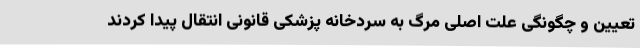
تعیین و چگونگی علت اصلی مرگ به سردخانه پزشکی قانونی انتقال پیدا کردند